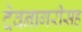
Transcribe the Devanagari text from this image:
देवनागरीसह